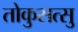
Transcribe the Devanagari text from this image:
तोकुसत्सु